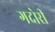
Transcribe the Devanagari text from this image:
गदोरी